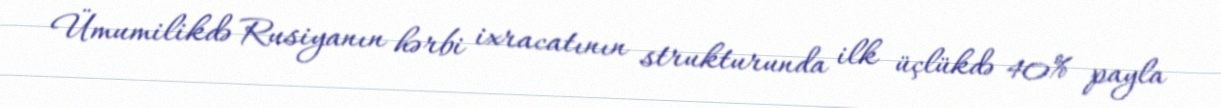
Ümumilikdə Rusiyanın hərbi ixracatının strukturunda ilk üçlükdə 40% payla